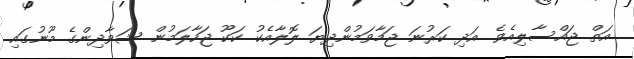
އަތް ޖައްސާލިއެވެ. އަދި ކަރުނަ ޖަމާވަމުންދިޔަ ލޮލާއެކު ކަކޫ ޖަހާލަމުން ޝަވާދިންގެ މޫނުގައި